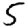
Digit: 5